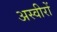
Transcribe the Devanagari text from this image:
अस्वीरों